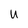
Character: U